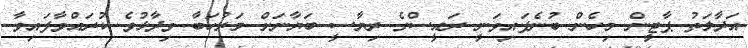
އަދާލަތު ޕާޓީން މިހެން ބުނެފައިވަނީ ރައީސްގެ ރިޔާސީ ބަޔާނަށް މަރުހަބާ ވިދާޅުވެ ކުރައްވާފައިވާ